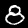
Label: 8